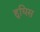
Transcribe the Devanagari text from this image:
हुघिस